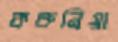
করুনিয়া